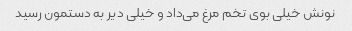
نونش خیلی بوی تخم مرغ می‌داد و خیلی دیر به دستمون رسید